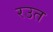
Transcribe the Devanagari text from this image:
रउत